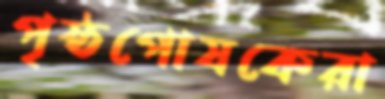
পৃষ্ঠপোষকেরা